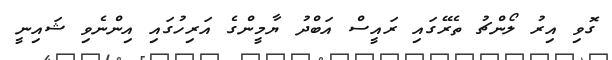
ގޮވި އިރު ލޯންޗު ތެރޭގައި ރައީސް އަބްދު ޔާމީންގެ އަރިހުގައި އިންނެވި ޝައިނީ